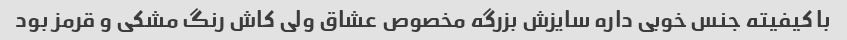
با کیفیته جنس خوبی داره سایزش بزرگه مخصوص عشاق ولی کاش رنگ مشکی و قرمز بود